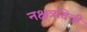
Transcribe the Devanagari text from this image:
नक्षत्रदिनी